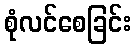
စုံလင်စေခြင်း